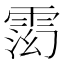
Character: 𬯽